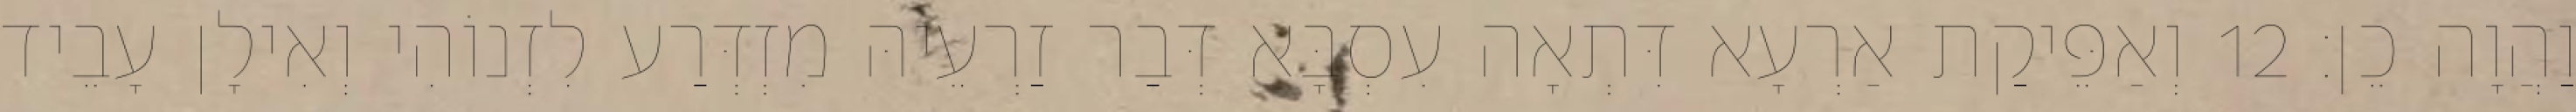
וַהֲוָה כֵן׃ 12 וְאַפֵּיקַת אַרְעָא דִּתְאָה עִסְבָּא דְּבַר זַרְעֵיהּ מִזְדְּרַע לִזְנוֹהִי וְאִילָן עָבֵיד